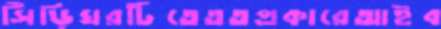
সিঁড়িঘরটিতেততপ্রকারেআইব